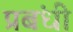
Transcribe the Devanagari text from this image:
प्रबंधी